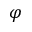
\varphi